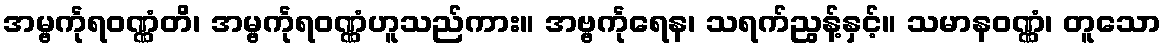
အမ္ဗင်္ကုရဝဏ္ဏံတိ၊ အမ္ဗင်္ကုရဝဏ္ဏံဟူသည်ကား။ အဗ္ဗင်္ကုရေန၊ သရက်ညွန့်နှင့်။ သမာနဝဏ္ဏံ၊ တူသော